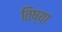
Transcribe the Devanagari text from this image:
तिष्या